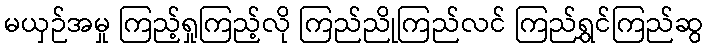
မယှဉ်အမှု ကြည့်ရှုကြည့်လို ကြည်ညိုကြည်လင် ကြည်ရွှင်ကြည်ဆွ